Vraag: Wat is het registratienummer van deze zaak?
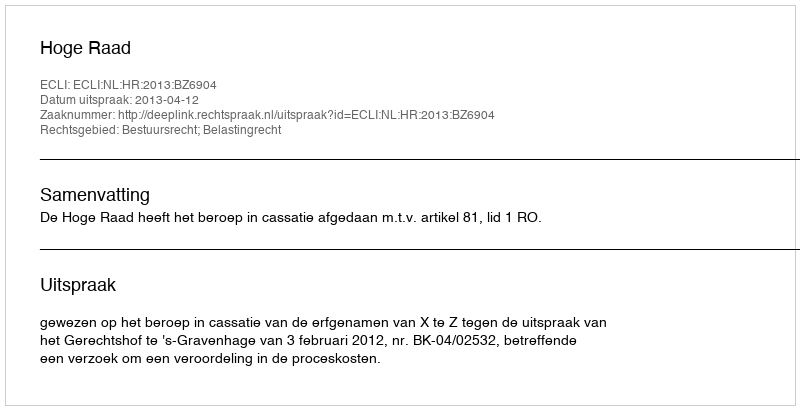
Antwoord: http://deeplink.rechtspraak.nl/uitspraak?id=ECLI:NL:HR:2013:BZ6904